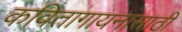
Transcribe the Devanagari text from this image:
कवितागायनासाठी